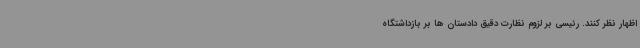
اظهار نظر کنند. رئیسی بر لزوم نظارت دقیق دادستان ها بر بازداشتگاه